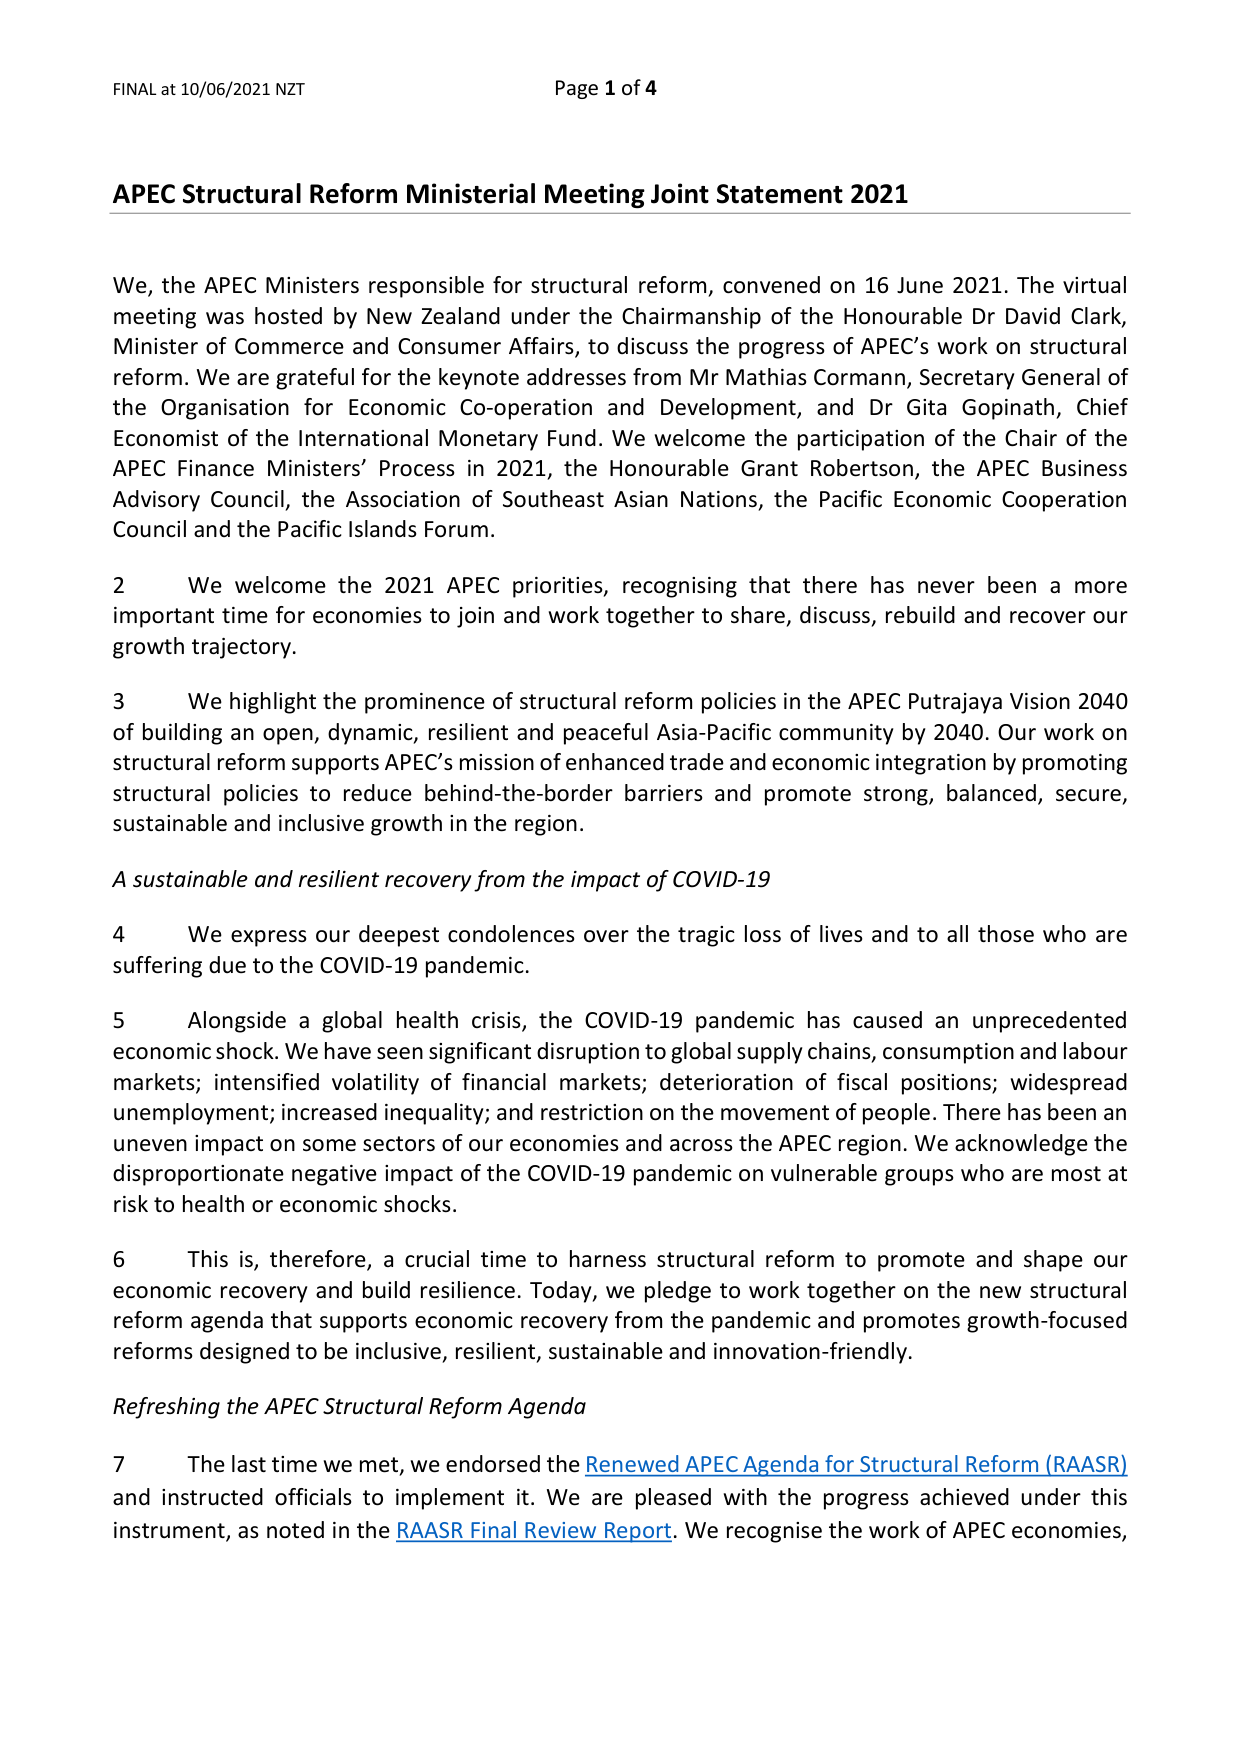
FINAL at 10/06/2021 NZT                                      Page 1 of 4

APEC Structural Reform Ministerial Meeting Joint Statement 2021

We, the APEC Ministers responsible for structural reform, convened on 16 June 2021. The virtual meeting was hosted by New Zealand under the Chairmanship of the Honourable Dr David Clark, Minister of Commerce and Consumer Affairs, to discuss the progress of APEC’s work on structural reform. We are grateful for the keynote addresses from Mr Mathias Cormann, Secretary General of the Organisation for Economic Co-operation and Development, and Dr Gita Gopinath, Chief Economist of the International Monetary Fund. We welcome the participation of the Chair of the APEC Finance Ministers’ Process in 2021, the Honourable Grant Robertson, the APEC Business Advisory Council, the Association of Southeast Asian Nations, the Pacific Economic Cooperation Council and the Pacific Islands Forum.

2     We welcome the 2021 APEC priorities, recognising that there has never been a more important time for economies to join and work together to share, discuss, rebuild and recover our growth trajectory.

3     We highlight the prominence of structural reform policies in the APEC Putrajaya Vision 2040 of building an open, dynamic, resilient and peaceful Asia-Pacific community by 2040. Our work on structural reform supports APEC’s mission of enhanced trade and economic integration by promoting structural policies to reduce behind-the-border barriers and promote strong, balanced, secure, sustainable and inclusive growth in the region.

A sustainable and resilient recovery from the impact of COVID-19

4     We express our deepest condolences over the tragic loss of lives and to all those who are suffering due to the COVID-19 pandemic.

5     Alongside a global health crisis, the COVID-19 pandemic has caused an unprecedented economic shock. We have seen significant disruption to global supply chains, consumption and labour markets; intensified volatility of financial markets; deterioration of fiscal positions; widespread unemployment; increased inequality; and restriction on the movement of people. There has been an uneven impact on some sectors of our economies and across the APEC region. We acknowledge the disproportionate negative impact of the COVID-19 pandemic on vulnerable groups who are most at risk to health or economic shocks.

6     This is, therefore, a crucial time to harness structural reform to promote and shape our economic recovery and build resilience. Today, we pledge to work together on the new structural reform agenda that supports economic recovery from the pandemic and promotes growth-focused reforms designed to be inclusive, resilient, sustainable and innovation-friendly.

Refreshing the APEC Structural Reform Agenda

7     The last time we met, we endorsed the Renewed APEC Agenda for Structural Reform (RAASR) and instructed officials to implement it. We are pleased with the progress achieved under this instrument, as noted in the RAASR Final Review Report. We recognise the work of APEC economies,